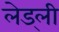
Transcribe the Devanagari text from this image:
लेड्ली